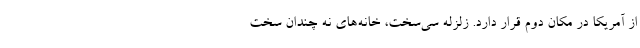
از آمریکا در مکان دوم قرار دارد. زلزله سی‌سخت، خانه‌های نه چندان سخت